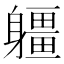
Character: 𨊑